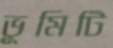
ভূমিটি